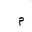
Letter: _mim